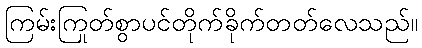
ကြမ်းကြုတ်စွာပင်တိုက်ခိုက်တတ်လေသည်။